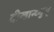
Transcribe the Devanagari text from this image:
दीखान्थ्युम्